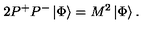
2 P ^ { + } P ^ { - } \left| \Phi \right\rangle = M ^ { 2 } \left| \Phi \right\rangle .